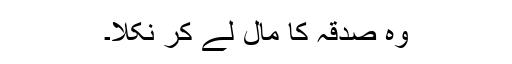
وہ صدقہ کا مال لے کر نکلا۔